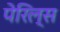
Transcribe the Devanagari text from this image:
पेरिल्स